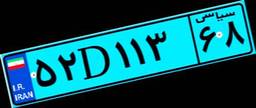
۵۲D۱۱۳۶۸